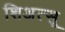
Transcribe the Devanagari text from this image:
शिअत्सू